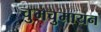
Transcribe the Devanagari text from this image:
चुमचुमायन